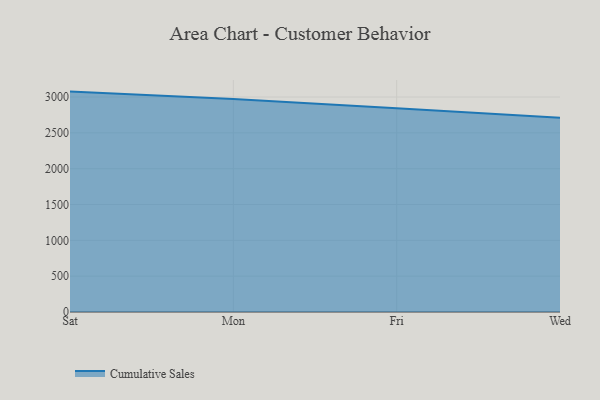
{"axis": {"x": "Day", "y": "Customer Acquisition Cost (USD)"}, "legend": ["Cumulative Sales"], "data": [{"x": "Sat", "y": 3075.7, "type": "Cumulative Sales"}, {"x": "Mon", "y": 2972.0, "type": "Cumulative Sales"}, {"x": "Fri", "y": 2842.0, "type": "Cumulative Sales"}, {"x": "Wed", "y": 2709.7, "type": "Cumulative Sales"}]}